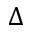
\Delta